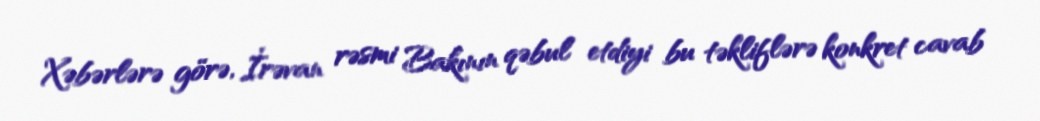
Xəbərlərə görə, İrəvan rəsmi Bakının qəbul etdiyi bu təkliflərə konkret cavab